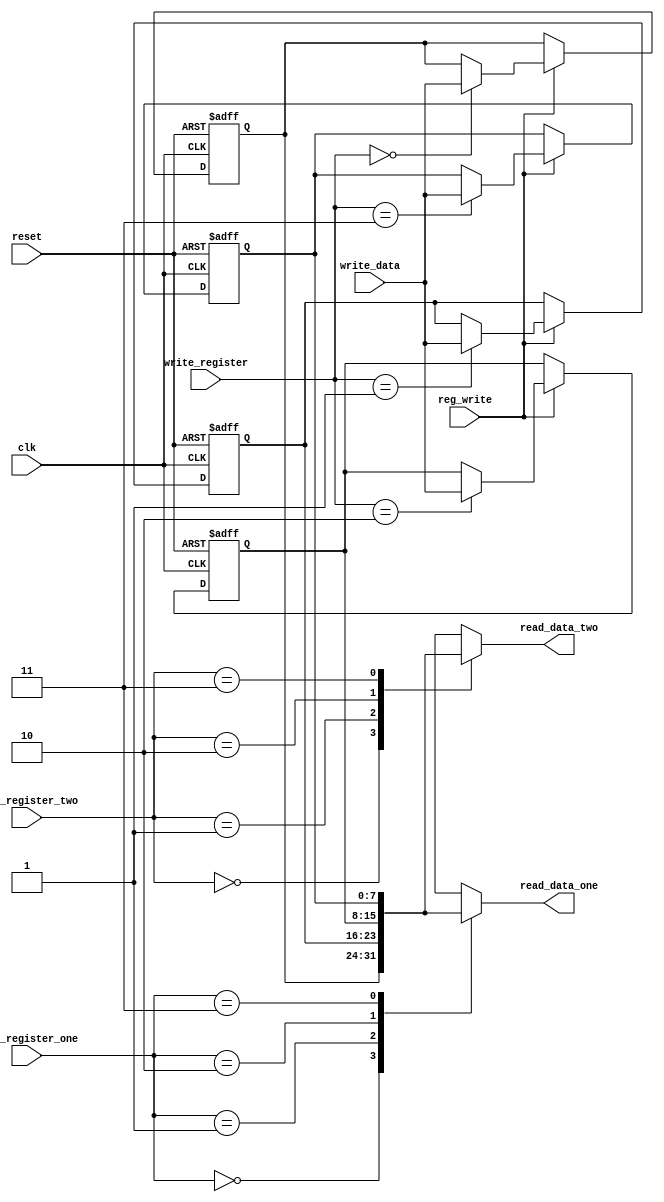
`timescale 1ns / 1ps

module registers(
    input [1:0] read_register_one,
    input [1:0] read_register_two,
    input [1:0] write_register,
    input [7:0] write_data,
	 input reg_write,
    output [7:0] read_data_one,
    output [7:0] read_data_two,
    input clk,
    input reset
    );
	
	 reg [7:0] regs[3:0];
	 
	 integer i;
	 
	 initial begin
		for(i = 0; i < 4; i = i + 1) begin
			regs[i] <= 0;
		end
	 end
	 
	 assign read_data_one = regs[read_register_one];
	 assign read_data_two = regs[read_register_two];
	 
	 always@(posedge clk or posedge reset) begin
		if(reset)	begin
			for(i = 0; i < 4; i = i + 1) begin
				regs[i] <= 0;
			end
		end else	begin
			if(reg_write)	begin
				regs[write_register] <= write_data;
			end
		end
	end
			
endmodule